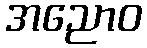
အညောဝ